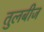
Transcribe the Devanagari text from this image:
तुलबीज